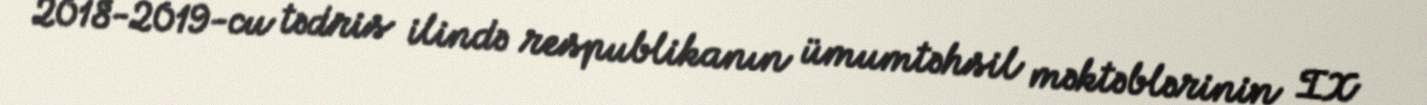
2018-2019-cu tədris ilində respublikanın ümumtəhsil məktəblərinin IX